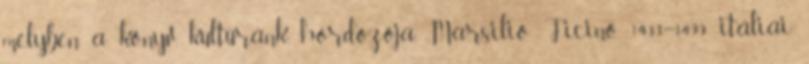
melyben a könyv kultúránk hordozója. Marsilio Ficino 1433–1499 itáliai